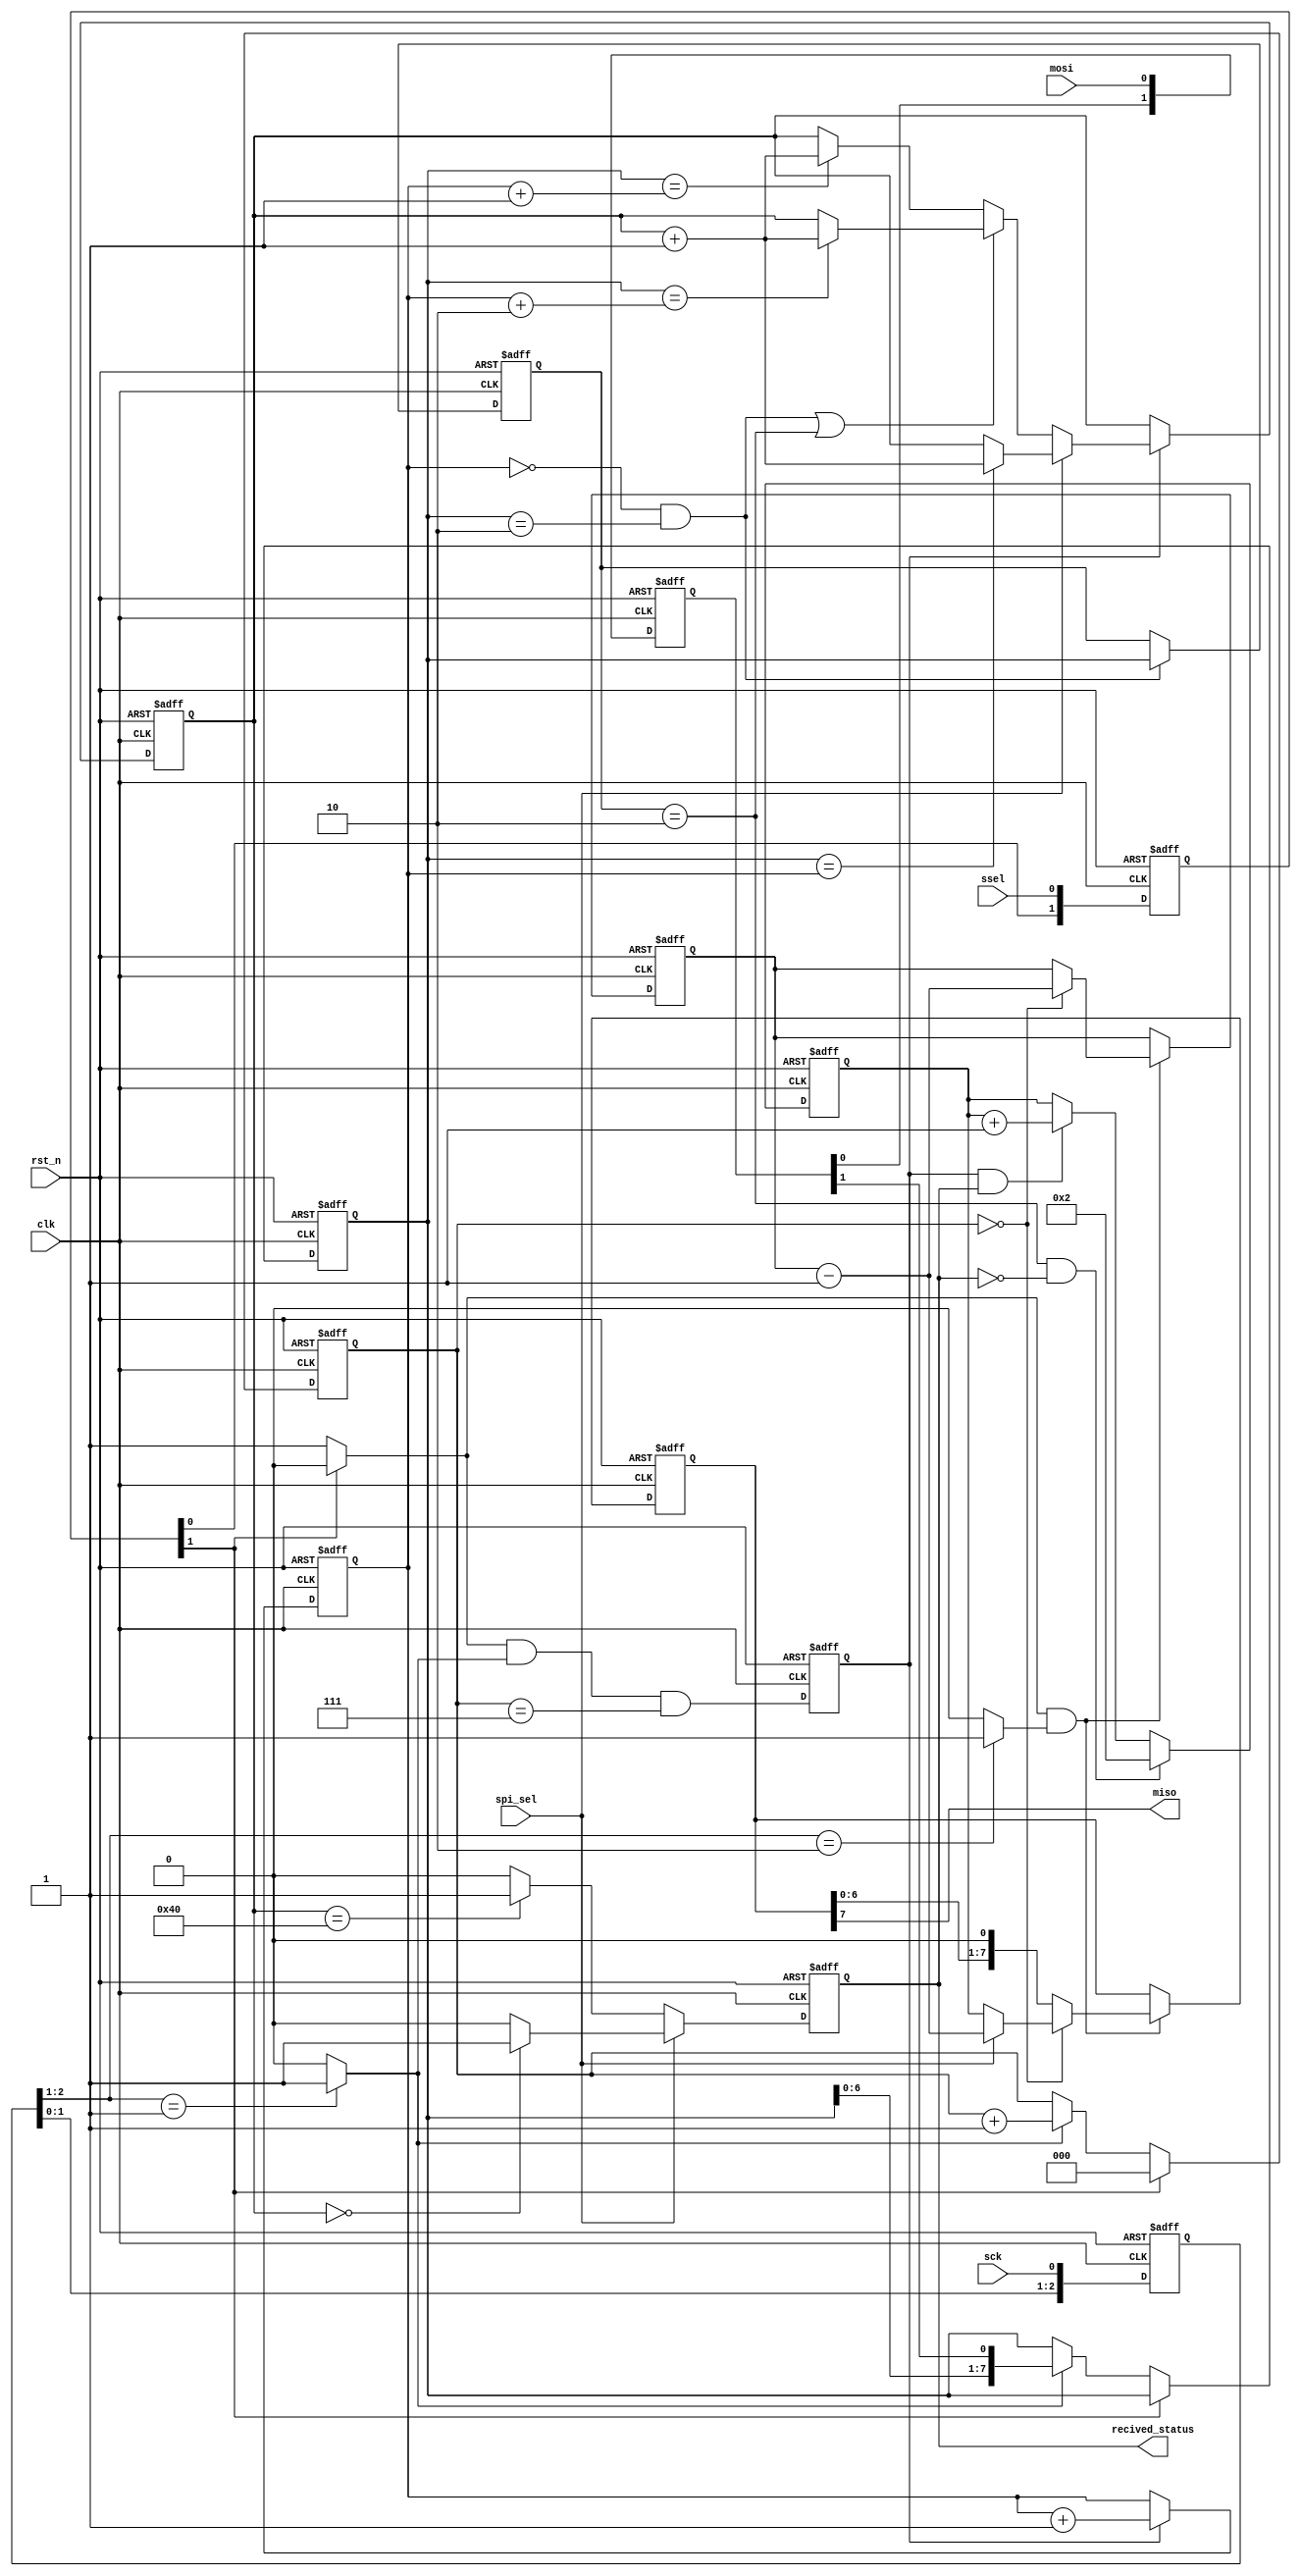
module spi_slave_b2b256(
clk,sck,mosi,miso,ssel,rst_n,recived_status,spi_sel
);
input clk;
input rst_n;
input sck,mosi,ssel;
input spi_sel;
output miso;
output recived_status;
reg recived_status;
reg[2:0] sckr;
reg[2:0] sselr;
reg[1:0] mosir;
reg[2:0] bitcnt;
reg[7:0] bytecnt;
reg byte_received;  
reg [7:0] byte_data_received;
reg[7:0] received_memory;
reg [7:0] byte_data_sent;
reg [7:0] cnt;
reg [7:0] first_byte;
wire ssel_active;
wire sck_risingedge;
wire sck_fallingedge;
wire ssel_startmessage;
wire ssel_endmessage;
wire mosi_data;
always @(posedge clk or negedge rst_n)begin
	if(!rst_n)
		sckr <= 3'h0;
	else
		sckr <= {sckr[1:0],sck};
end
assign sck_risingedge = (sckr[2:1] == 2'b01) ? 1'b1 : 1'b0;
assign sck_fallingedge = (sckr[2:1] == 2'b10) ? 1'b1 : 1'b0;
always @(posedge clk or negedge rst_n)begin
	if(!rst_n)
		sselr <= 3'h0;
	else
		sselr <= {sselr[1:0],ssel};
end
assign  ssel_active = (~sselr[1]) ? 1'b1 : 1'b0;  
assign  ssel_startmessage = (sselr[2:1]==2'b10) ? 1'b1 : 1'b0;  
assign  ssel_endmessage = (sselr[2:1]==2'b01) ? 1'b1 : 1'b0;  
always @(posedge clk or negedge rst_n)begin
	if(!rst_n)
		mosir <= 2'h0;
	else
		mosir <={mosir[0],mosi};
end
assign mosi_data = mosir[1];
always @(posedge clk or negedge rst_n)begin
  if(!rst_n)begin
	bitcnt <= 3'b000;
	byte_data_received <= 8'h0;
  end
  else begin
   if(~ssel_active)
     bitcnt <= 3'b000;
   else begin
      if(sck_risingedge)begin
        bitcnt <= bitcnt + 3'b001;
        byte_data_received <= {byte_data_received[6:0], mosi_data};
      end
		else begin
		  bitcnt <= bitcnt;
        byte_data_received <= byte_data_received;
		end
	  end
  end
end
always @(posedge clk or negedge rst_n) begin
	if(!rst_n)
		byte_received <= 1'b0;
	else
		byte_received <= ssel_active && sck_risingedge && (bitcnt==3'b111);
end
always @(posedge clk or negedge rst_n) begin
	if(!rst_n)begin
		bytecnt <= 8'h0;
		received_memory <= 8'h0;
	end
   else begin 
	 if(byte_received) begin
		  bytecnt <= bytecnt + 1'b1;
		  if(spi_sel)
            received_memory <= (byte_data_received == bytecnt) ? (received_memory + 1'b1) : received_memory;
		  else begin
		  if((bytecnt == 'h0 && byte_data_received == 'h2) || first_byte == 8'h2)
				received_memory <= (byte_data_received == bytecnt + 'h2) ? (received_memory + 1'b1) : received_memory;
			else
				received_memory <= (byte_data_received == bytecnt + 'h1) ? (received_memory + 1'b1) : received_memory;
			end
	 end
	 else begin
		  bytecnt <= bytecnt;
	     received_memory <= received_memory;
	 end
	end
end
always @(posedge clk or negedge rst_n) begin
	if(!rst_n)
		first_byte <= 'h0;
	else if(bytecnt == 'h0 && byte_data_received == 'h2)
		first_byte <= byte_data_received;
	else
		first_byte <= first_byte;
end
always @(posedge clk or negedge rst_n) begin
	 if(!rst_n)
	  cnt<= 8'h1;
	 else begin
	  if((first_byte == 8'h2) && (!recived_status))
				cnt<= 8'h2;
     else if(byte_received && recived_status) 
				cnt<=cnt+8'h1;  
	  else
				cnt<=cnt;
    end
end
reg [7:0] byte_data_sent_reg;
always @(posedge clk or negedge rst_n) begin
    if(!rst_n)begin
		byte_data_sent <= 8'hff;
		byte_data_sent_reg <= 8'hff;
		end
	 else begin
		byte_data_sent <= spi_sel ? 8'hff : 8'h0;
      if(ssel_active && sck_fallingedge) begin
          if(bitcnt==3'b000)begin
               byte_data_sent <= spi_sel ? byte_data_sent_reg - 1'b1 : cnt;  
					byte_data_sent_reg <= byte_data_sent_reg - 1'b1;
					end
           else
               byte_data_sent <= {byte_data_sent[6:0], 1'b0};
		end
		else
			byte_data_sent <= byte_data_sent;
	end
end
assign miso = byte_data_sent[7];  
always @(posedge clk or negedge rst_n) begin
	 if(!rst_n)
	  recived_status <= 1'b0;
	 else begin
	  if(spi_sel)
            recived_status <= (received_memory == 8'd256) ? 1'b1 : 1'b0;
        else
            recived_status <= (received_memory == 8'd64) ? 1'b1 : 1'b0;
	  end
end
endmodule